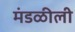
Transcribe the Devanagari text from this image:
मंडळीली